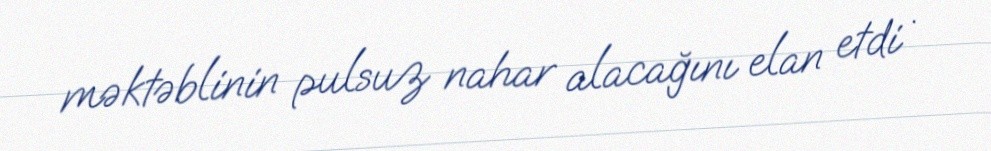
məktəblinin pulsuz nahar alacağını elan etdi .